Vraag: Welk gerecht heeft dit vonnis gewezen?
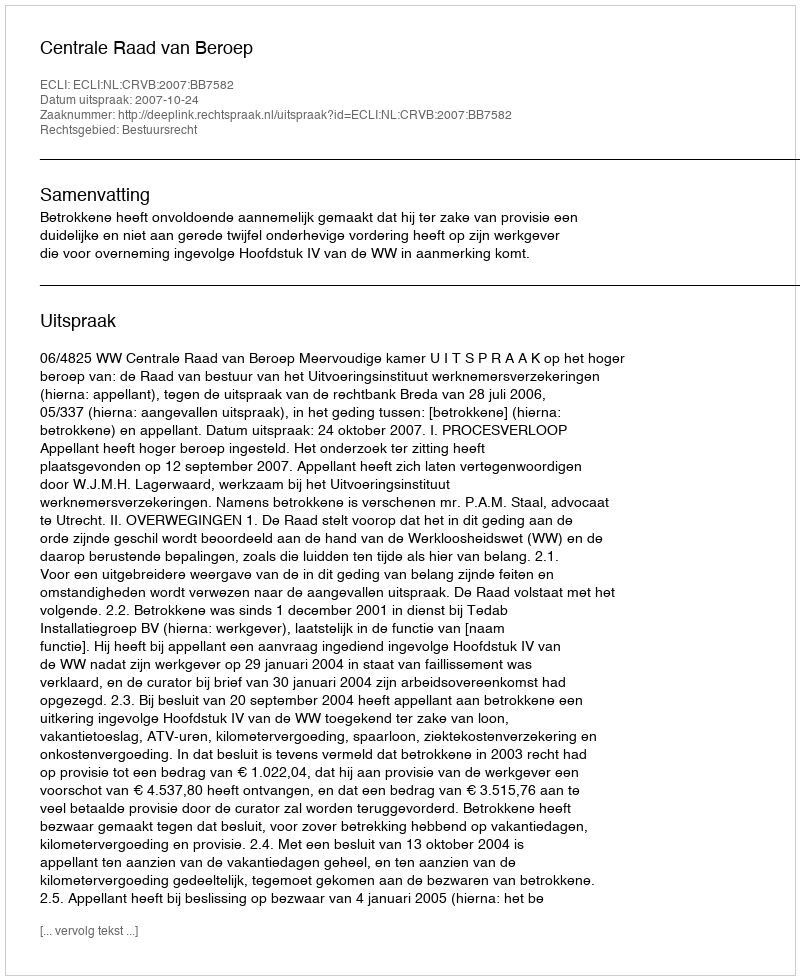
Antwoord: Centrale Raad van Beroep